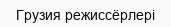
Грузия режиссёрлері